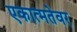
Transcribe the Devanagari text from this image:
एकात्मतेवर